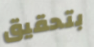
بتحقيق